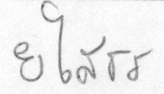
ยโสธร